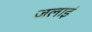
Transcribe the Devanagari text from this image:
जलाइं